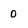
Character: 0